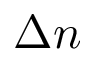
\Delta n